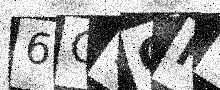
Text: 6C9GH8